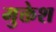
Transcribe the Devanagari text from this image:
मुक्तेश